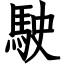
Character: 駛